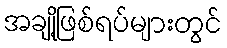
အချို့ဖြစ်ရပ်များတွင်